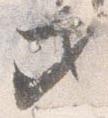
セ